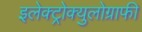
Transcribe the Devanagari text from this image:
इलेक्ट्रोक्युलोग्राफी